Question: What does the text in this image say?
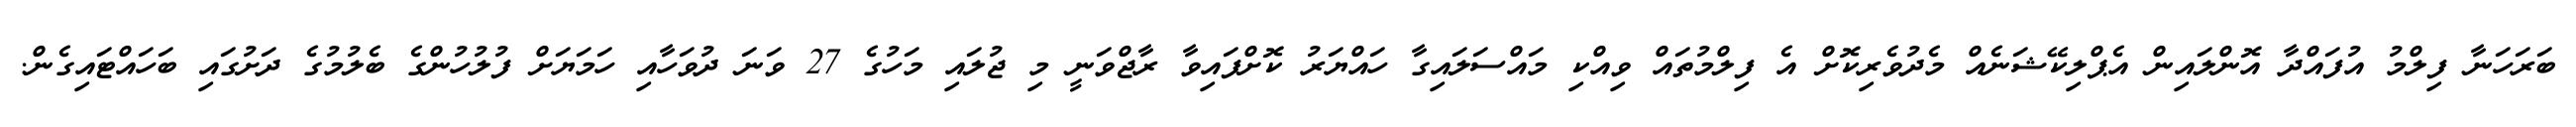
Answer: ބަރަހަނާ ފިލްމު އުފައްދާ އޮންލައިން އެޕްލިކޭޝަނެއް މެދުވެރިކޮށް އެ ފިލްމުތައް ވިއްކި މައްސަލައިގާ ހައްޔަރު ކޮށްފައިވާ ރާޖްވަނީ މި ޖުލައި މަހުގެ 27 ވަނަ ދުވަހާއި ހަމަޔަށް ފުލުހުންގެ ބެލުމުގެ ދަށުގައި ބަހައްޓައިގެން.